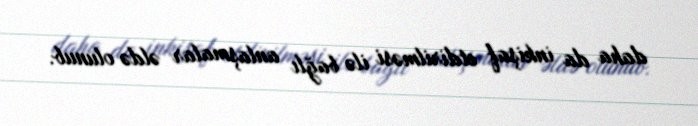
daha da inkişaf etdirilməsi ilə bağlı anlaşmalar əldə olunub.